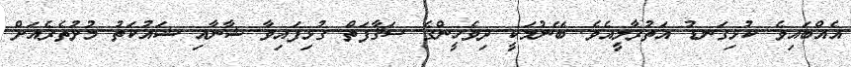
އެއްބައިވެ ކުޅިގަނޑު އަތުރާލީއެވެ. ބޭނުމަކީ ދިވެހީންގެ ސަޤާފަތް ގުޅިފައިވާ ޝާނާއި ޝައުކަތު މުށުތެރެއަށް